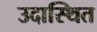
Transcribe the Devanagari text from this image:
उदास्थित